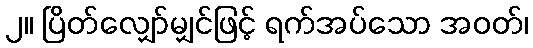
၂။ ပြိတ်လျှော်မျှင်ဖြင့် ရက်အပ်သော အဝတ်၊